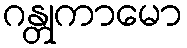
ဂန္တုကာမော